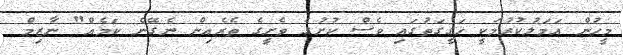
މީހުން އަމަލުކުރުމަކީ ހަގީގަތުގައި ވެސް ކުށުގެ ވެށީގެ ތެރެއިން ނެގޭނެ ކަމެއް" ނާޒިމް